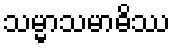
သမ္မာသမာဓိဿ